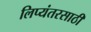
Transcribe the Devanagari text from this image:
लिप्यंतरसाठी